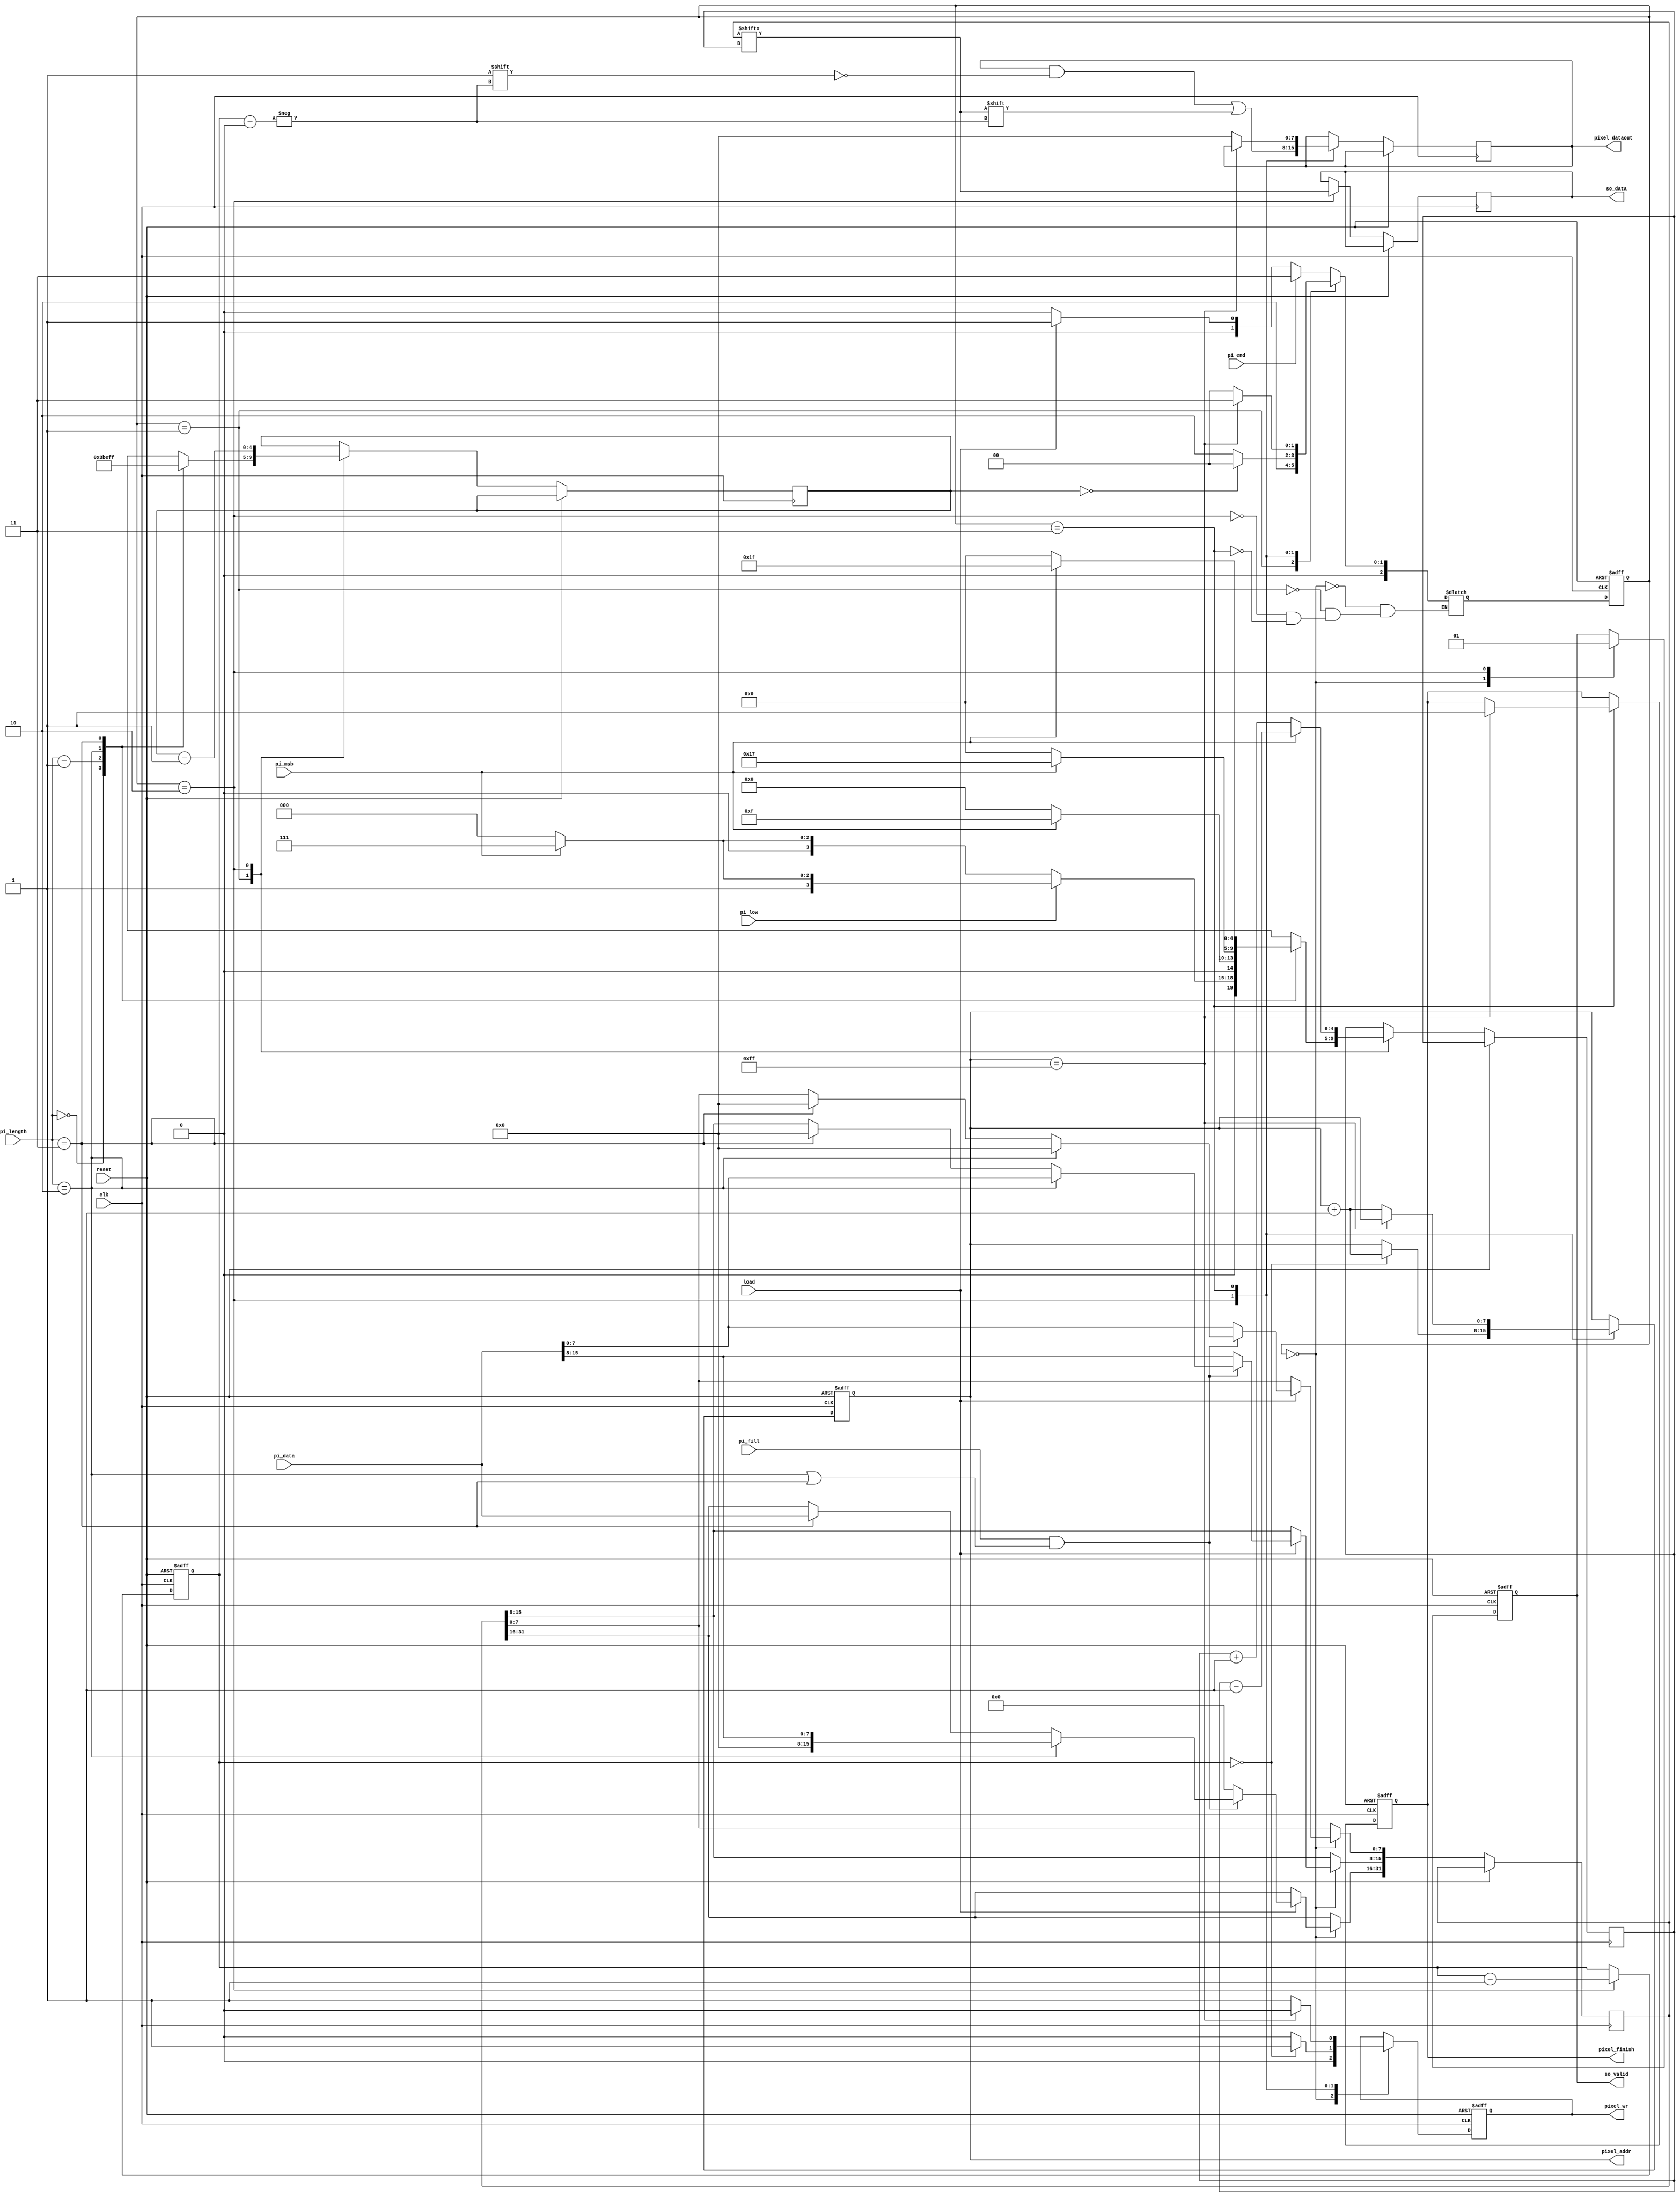
module STI_DAC(clk ,reset, load, pi_data, pi_length, pi_fill, pi_msb, pi_low, pi_end,
	       so_data, so_valid,
	       pixel_finish, pixel_dataout, pixel_addr,
	       pixel_wr);

input		clk, reset;
input		load, pi_msb, pi_low, pi_end; 
input	[15:0]	pi_data;
input	[1:0]	pi_length;
input		pi_fill;
output reg	so_data, so_valid;

output reg pixel_finish, pixel_wr;
output reg [7:0] pixel_addr;
output reg [7:0] pixel_dataout;


reg [2:0] state, NextState;
reg [31:0] buffer;
reg [4:0] start, counter;
reg [2:0] counter_8bits;



parameter Load_Data = 0;
parameter Decoder = 1;
parameter Sequential_Output = 2;
parameter Finish = 3;


//==============================================================================


//Sequential Circuit
always@(posedge clk or posedge reset)
begin
     if(reset)
	 begin
        pixel_finish <= 0;
		pixel_wr <= 0;
		so_valid <= 0;
		pixel_addr <= 255;
		state <= Load_Data;
		counter_8bits <= 7;
	 end
	 else
	 begin
         state <= NextState;

		 case(state)
		 Load_Data: begin
			           so_valid <= 0;
					   pixel_wr <= 0;
			           if(load)
					   begin
                           if(pi_fill && (pi_length == 2'b10 || pi_length == 2'b11))
						   begin
							   if(pi_length == 2'b10)
							   begin
                                    buffer [7:0] <= 0; 
							        buffer [31:8] <= pi_data;  
							   end
							   else if(pi_length == 2'b11)
							   begin
                                    buffer [15:0] <= 0; 
							        buffer [31:16] <= pi_data;  
							   end
						   end
						   else
						   begin
                                buffer [15:0] <= pi_data;
								buffer [31:16] <= 0;
						   end
					   end
		            end

         Decoder: begin
                       case(pi_length)
                             2'b00: begin
                                        if(!pi_low)
                                        begin
                                           if(!pi_msb)
										   begin
                                               start <= 0;
										       counter <= 7;
										   end
										   else
										   begin
                                               start <= 7;
										       counter <= 7;
										   end
										end
										else
										begin
                                           if(!pi_msb)
										   begin
                                               start <= 8;
										       counter <= 7;
										   end
										   else
										   begin
                                               start <= 15;
										       counter <= 7;
										   end
										end
							        end


							 2'b01: begin
                                        if(!pi_msb)
										begin
                                            start <= 0;
										    counter <= 15;
										end
										else
										begin
                                           start <= 15;
										   counter <= 15;
										end
							        end


							 2'b10: begin
                                       if(!pi_msb)
										begin
											start <= 0;
										    counter <= 23;
										end
									    else
										begin
											start <= 23;
										    counter <= 23;
										end
							        end


							 2'b11: begin
                                       if(!pi_msb)
										begin
											start <= 0;
										    counter <= 31;
										end
									    else
										begin
											start <= 31;
										    counter <= 31;
										end
							        end
									
					endcase
					end

		Sequential_Output: begin
			                    if(counter_8bits == 0)
								begin
									 pixel_wr <= 1;
                                     pixel_addr <= pixel_addr + 1;
								end
								else
								begin
                                     pixel_wr <= 0;
								end

                                so_valid <= 1;
								so_data <= buffer[start];

								pixel_dataout[counter_8bits] <= buffer[start];

                                if(!pi_msb)
								begin
                                    start <= start + 1;
								end
								else
								begin
                                    start <= start - 1;
								end

								counter <= counter - 1;
								counter_8bits <= counter_8bits - 1;
		                   end

		Finish: begin
			        if(pixel_addr == 255)
					begin
			           pixel_finish <= 1;
					   pixel_wr <= 0;
					end
					else
					begin
					   pixel_wr <= 1;
					   pixel_addr <= pixel_addr + 1;
					   pixel_dataout <= 0;
					end
                end
		endcase

	 end
end


//State Machine
always@(*)
begin
     case(state)
     Load_Data: begin
	                  if(pi_end)
		                 NextState = Finish;
					  else if(load)
					     NextState = Decoder;
					  else
					     NextState = Load_Data;
            	end

	 Decoder: begin
                 NextState = Sequential_Output;
	          end

	 Sequential_Output: begin
		                     if(counter == 0)
							   NextState = Load_Data;
							 else
							   NextState = Sequential_Output;
	                    end
     Finish: begin
		          if(pixel_addr == 255)
                    NextState = Finish;
				  else 
				    NextState = Load_Data;
	         end

	 endcase
end




endmodule